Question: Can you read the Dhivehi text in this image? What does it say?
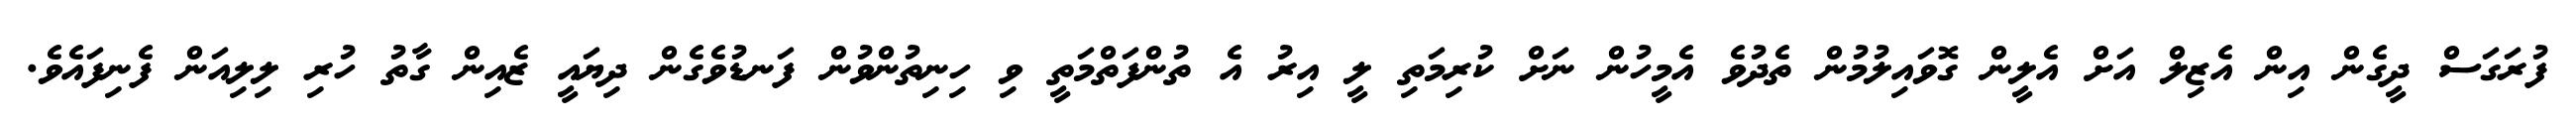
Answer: ފުރަގަސް ދީގެން އިން އެޒިލް އަށް އެލީން ގޮވައިލުމުން ތެދުވެ އެމީހުން ނަށް ކުރިމަތި ލީ އިރު އެ ތުންފަތްމަތީ ވި ހިނިތުންވުން ފަނޑުވެގެން ދިޔައީ ޒެއިން ގާތު ހުރި ލިލިއަން ފެނިފައެވެ.